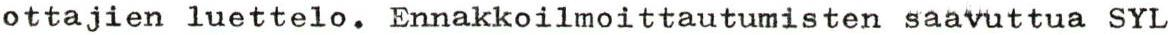
ottajien luettelo. Ennakkoilmoittautumisten saavuttua SYL